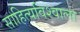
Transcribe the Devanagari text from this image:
साहित्यविश्‍वाला